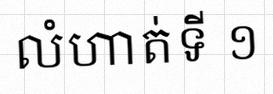
លំហាត់ទី ១